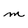
Character: m